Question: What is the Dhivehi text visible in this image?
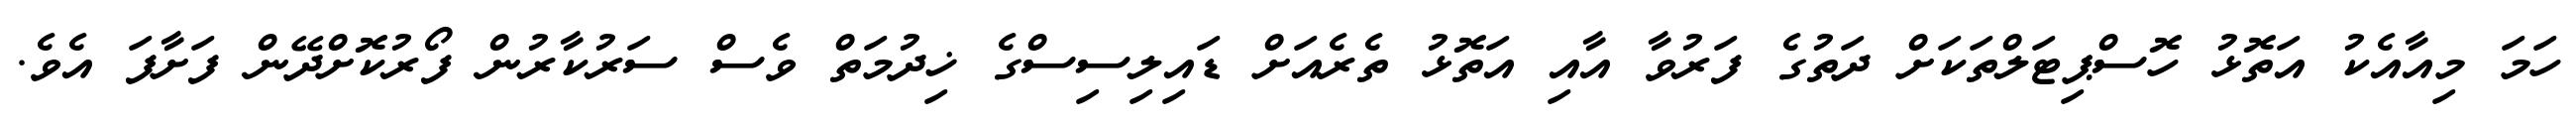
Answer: ހަމަ މިއާއެކު އަތޮޅު ހޮސްޕިޓަލްތަކަށް ދަތުގެ ފަރުވާ އާއި އަތޮޅު ތެރެއަށް ޑައިލިސިސްގެ ޚިދުމަތް ވެސް ސަރުކާރުން ފޯރުކޮށްދޭން ފަށާފަ އެވެ.